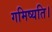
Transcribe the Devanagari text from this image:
गमिष्यति।